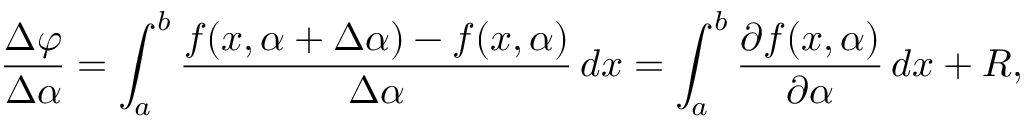
{ \frac { \Delta \varphi } { \Delta \alpha } } = \int _ { a } ^ { b } { \frac { f ( x , \alpha + \Delta \alpha ) - f ( x , \alpha ) } { \Delta \alpha } } \, d x = \int _ { a } ^ { b } { \frac { \partial f ( x , \alpha ) } { \partial \alpha } } \, d x + R ,